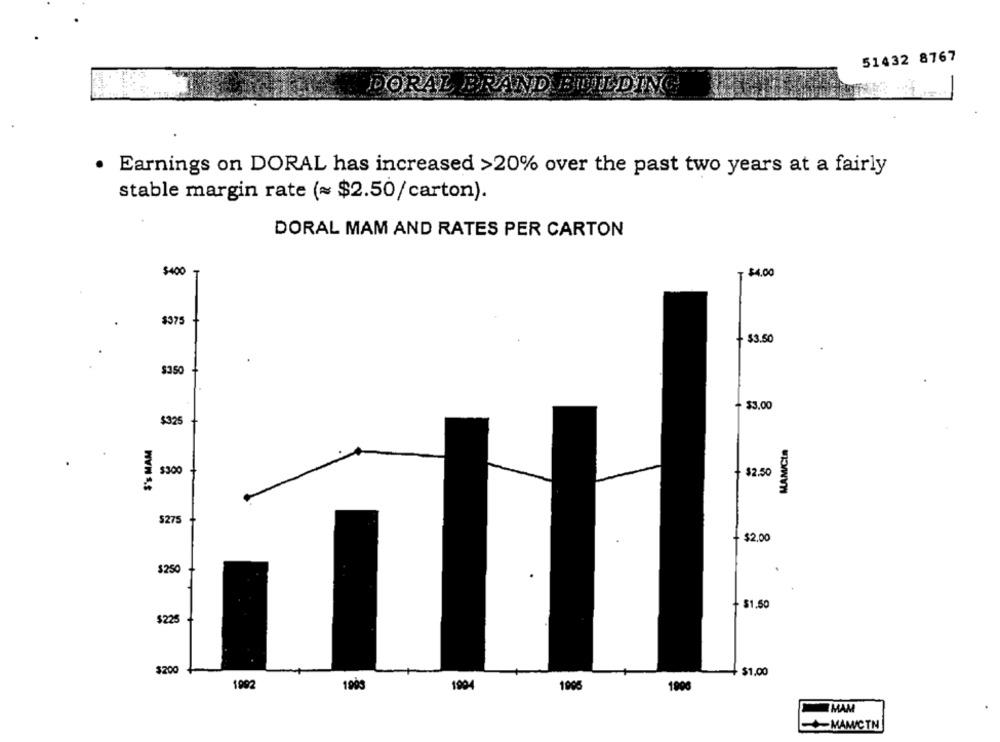
51432 8767
DORAL BRAND BUILDING
· Earnings on DORAL has increased >20% over the past two years at a fairly
stable margin rate (~ $2.50/carton).
DORAL MAM AND RATES PER CARTON
$400
T $4.00
$375
+ $3.50
$350
$3.00
$325
$'s MAM
MAMICIA
$300
$2.50
275
$2.00
$25
$1.50
$225
$200
$1,00
1992
1005
1006
MAM
MANCIN